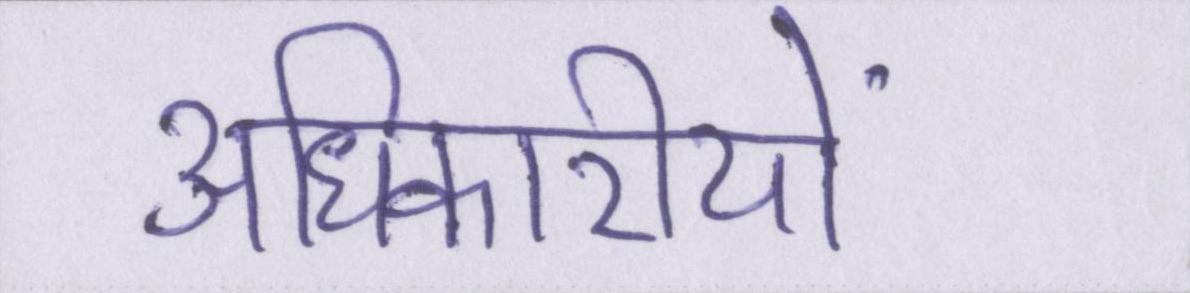
अधिकारीयों